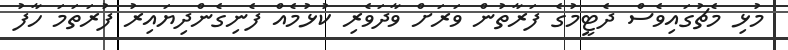
މުޅި މެޗުގައިވެސް ދެޓީމުގެ ފަރާތުން ވަރަށް ވާދަވެރި ކުޅުމެއް ފެނިގެންދިޔައިރު ފުރަތަމަ ހާފު